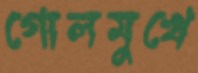
গোলমুখে